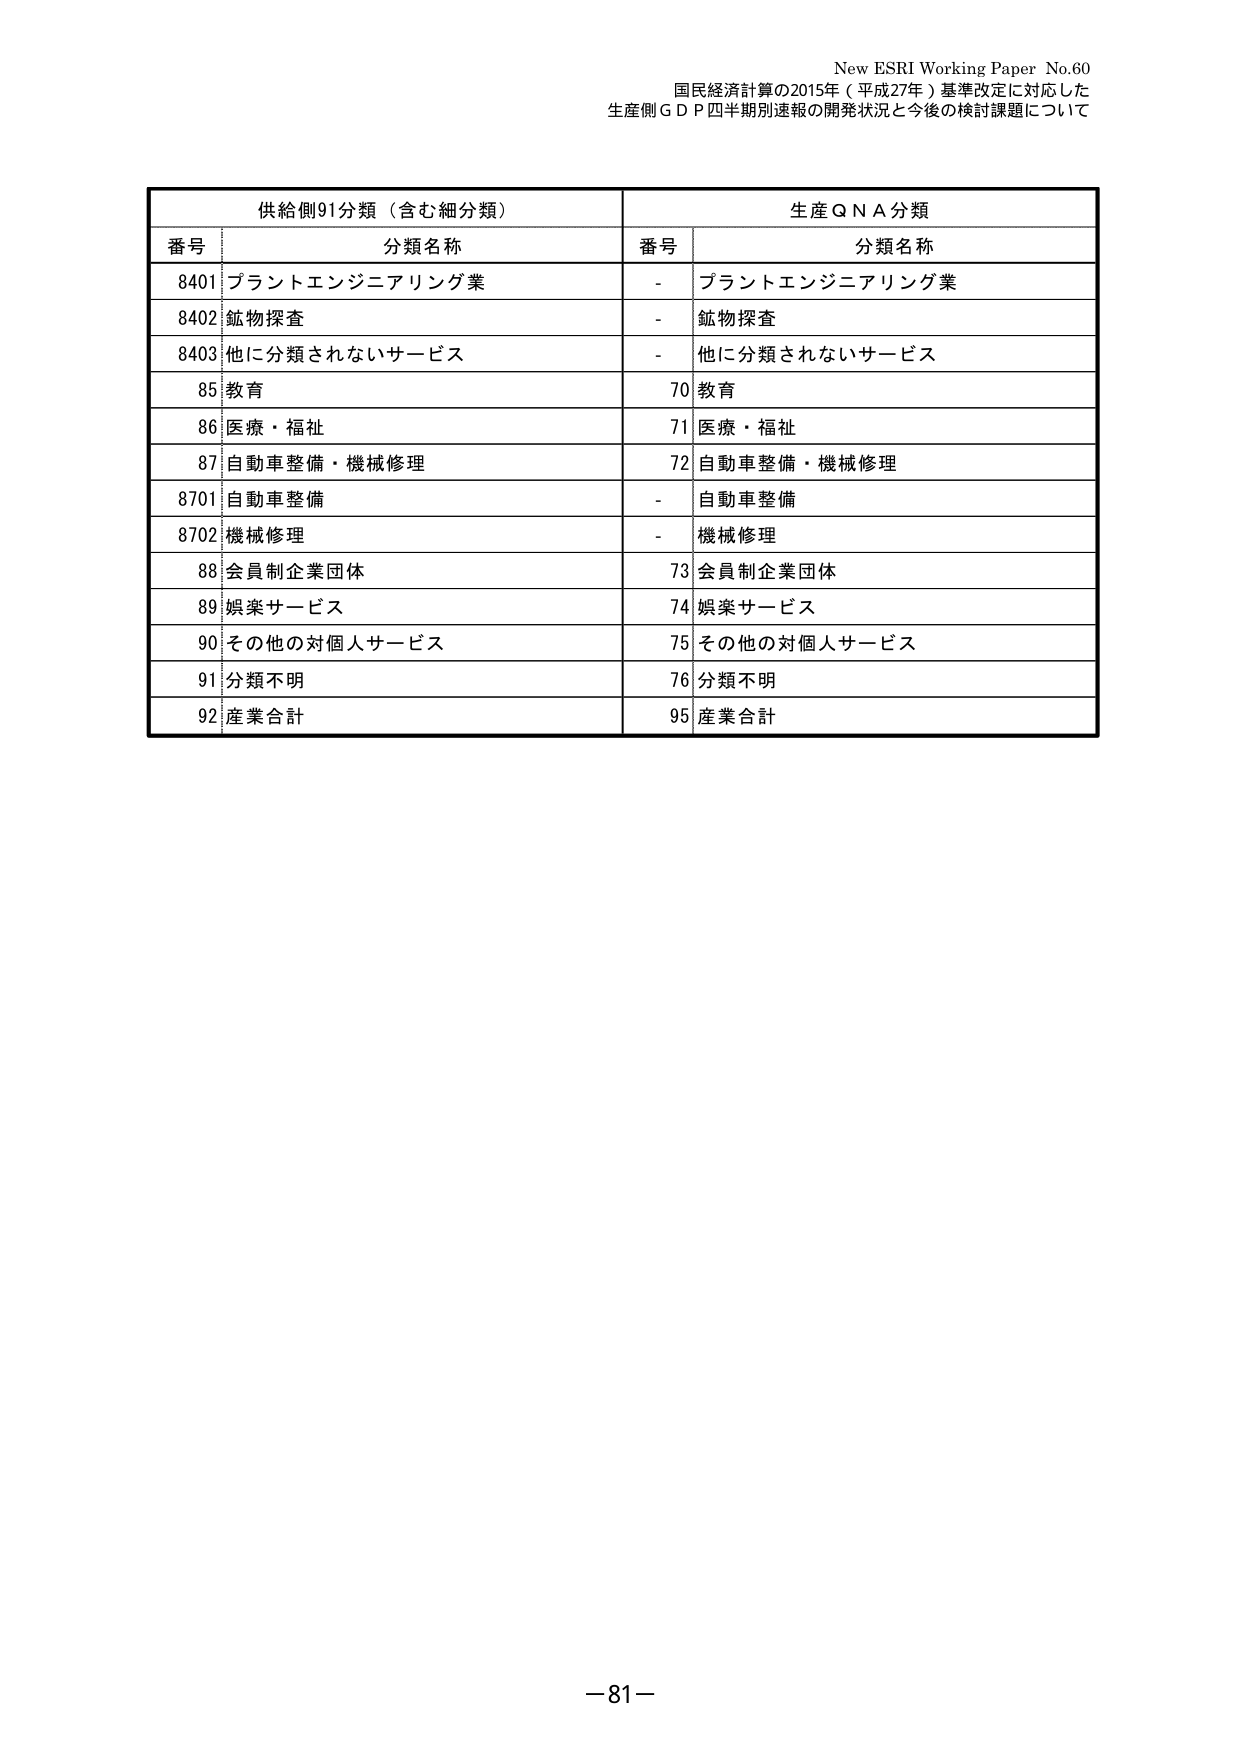
New ESRI Working Paper No.60
国民経済計算の2015年（平成27年）基準改定に対応した
生産側ＧＤＰ四半期別速報の開発状況と今後の検討課題について

供給側91分類（含む細分類）　　　　　　　　　　生産QNA分類
番号　　　分類名称　　　　　　　　　　　　　　番号　　　分類名称
8401　プラントエンジニアリング業　　　　　　　-　　プラントエンジニアリング業
8402　鉱物探査　　　　　　　　　　　　　　　　-　　鉱物探査
8403　他に分類されないサービス　　　　　　　　-　　他に分類されないサービス
85　教育　　　　　　　　　　　　　　　　　　　70　教育
86　医療・福祉　　　　　　　　　　　　　　　　71　医療・福祉
87　自動車整備・機械修理　　　　　　　　　　　72　自動車整備・機械修理
8701　自動車整備　　　　　　　　　　　　　　　-　　自動車整備
8702　機械修理　　　　　　　　　　　　　　　　-　　機械修理
88　会員制企業団体　　　　　　　　　　　　　　73　会員制企業団体
89　娯楽サービス　　　　　　　　　　　　　　　74　娯楽サービス
90　その他の対個人サービス　　　　　　　　　　75　その他の対個人サービス
91　分類不明　　　　　　　　　　　　　　　　　76　分類不明
92　産業合計　　　　　　　　　　　　　　　　　95　産業合計

－81－